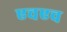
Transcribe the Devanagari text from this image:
एचएच